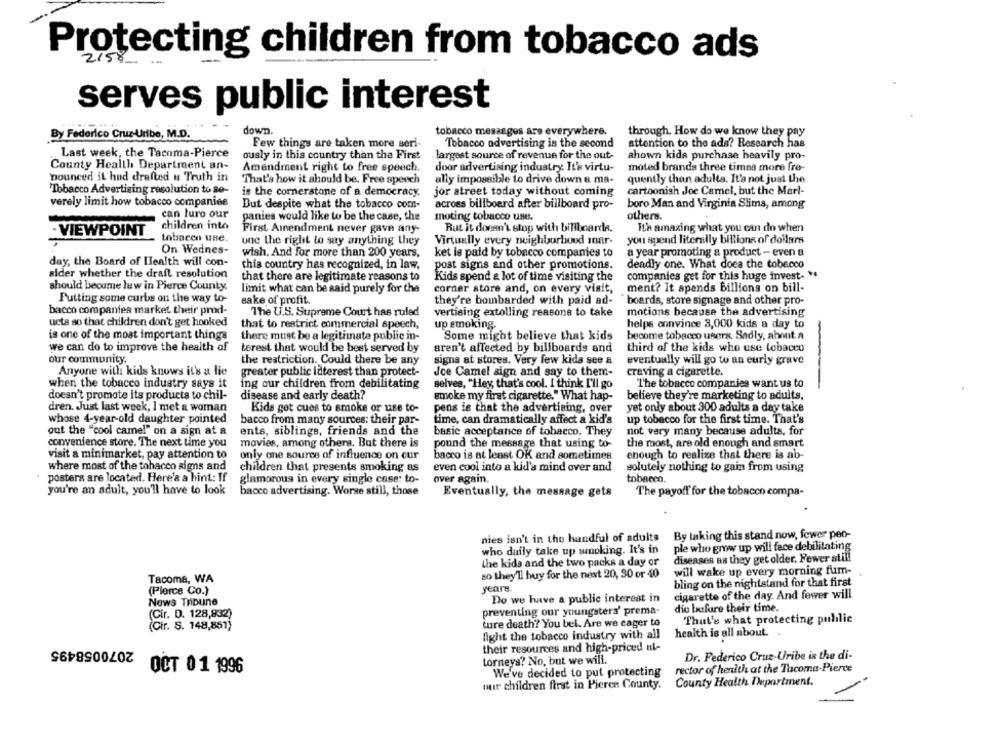
Protecting children from tobacco ads
serves public interest
down.
tobacco messages are everywhere.
through. How do we know they pay
By Federico Cruz-Uribe, M.D.
Few things are taken more seri
Tobacco advertising is the second
attention to the ads? Research has
Last week, the Tacoma-Pierce
ously in this country than the First
largest source of revenue for the out-
ahown kids purchase heavily pro-
County Health Department an-
Amendment right to free speech.
door advertising industry. It's virtu-
moted branda three times more fre-
bounced it had drafted u Truth in
ally impossible to drive down a ma-
quently than adults. It's not just the
That's how it should be. Free speech
Tobacco Advertising resolution to 80-
is the cornerstone of a democracy.
jor street today without coming
cartoonish Joe Camel, but the Marl-
verely limit how tobacco companies
But despite what the tobacco com-
across billboard after billboard pro-
boro Man and Virginia Slims, among
can luro our
moting tobacco use.
others.
panies would like to be the case, the
children into
First Amendment never gave any-
Rut it doesn't stop with biliboarde.
It's amazing what you can do when
VIEWPOINT
tobacen une.
une the right to say anything they
Virtually every neighborhood mnar-
you spend literally billions of dollars
On Wednes-
wish, And for more than 200 years,
ket is paid by tobacco companies to
a year promoting a product - even a
day, the Board of Health will con-
this country has recognized, in law,
post signs and other promotions.
deadly one. What does the tobacco
sider whether the draft resolution
that there are legitimate reasons to
Kids spend & lot of time visiting the
companies get for this huge invest- *
should beoume lew in Pierce County.
limit what can be said purely for the
corner store and, on every visit,
ment? It spends billions on bill-
Putting some curtis on the way to-
sake of profit.
they're bombarded with paid ad-
boards, store signage and other pro-
bacco companies market their prod-
The U.S. Supreme Court has ruled
vertising extolling reasons to take
motions because the advertising
ucts so that children don't get hooked
that to restrict commercial speech,
up smoking.
helps convince 3,000 kids a day to
is one of the most important things
there must be a legitimate public in-
Some might believe that kids
become tobacco users. Sadly, about a
we can do to improve the health of
terest that would be best served by
aren't affected by billboards and
third of the kids who use tobacco
our community.
the restriction. Could there be any
signs at stores. Very few kids see a
eventually will go to an eurly grave
Anyone with kids knows it's a lie
Joe Camel sign and say to them-
craving a cigarette.
greater public interest than protect-
when the tobacco industry says it
ing our children from debilitating
selves, "Hey, that's cool. I think I'll go
The tobacco companies want us to
doesn't promote its products to chil-
disease and early death?
smoke my first cigarette." What hap-
believe they're marketing to adults,
dren. Just last week, I met & woman
Kids get cues to smoke or use to-
pens is that the advertising, over
yet only about 300 adults a day take
whose 4-year-old daughter pointed
bacco from many sources: their par-
time, can dramatically affect a kid's
up tobacco for the first time. That's
ents, siblings, friends and the
not very many because adults, for
out the "cool came!" on a sign at a
basic acceptance of tobacco. They
convenience store. The next time you
movies, among others. Bat there is
pound the message that using to-
the most, are old enough and smart
visit a minimarket, pay attention to
only one source of influence on cur
bacco is at least OK and sometimes
enough to realize that there is ab-
where most of the tohacco signs and
children that presents smoking as
even cool into a kid's mind over and
solutely nothing to gain from using
posters are located. Here's a hint: If
glamorous in every single case: to-
over again.
tobacco.
you're an adult, you'll have to look
bacco advertising. Worse still, those
Eventually, the message gets
The payoff for the tobacco compa-
By taking this stand now, fewer peo-
nies isn't in the handful of adults
who daily take up smoking. It's in
ple who grow up will face debilitating
the kids and the two packs a day or
diseases as they get older. Fewer still
will wake up every morning fum-
Tacoma, WA
so they'll buy for the next 20, 30 or 40
bling on the nightstand for that first
(Pierce Co.)
years.
News Tribune
Do we have a public interest in
cigarette of the day. And fewer will
die before their time.
(Cir. D. 128,832)
preventing our youngsters' prema-
ture death? You bel. Are we cager to
That's what protecting pulilic
(Cir. S. 148,851)
fight the tobacco industry with all
health is all about.
2070058495
their resources and high-priced ul-
torneys? No, but we will.
Dr. Federico Cruz-Uribe is the di-
rector of health at the Tacoma-Pierce
OCT 01 1996
We've decided to put protecting
County Health Department.
our children first in Pierce County.